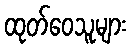
ထုတ်ဝေသူများ